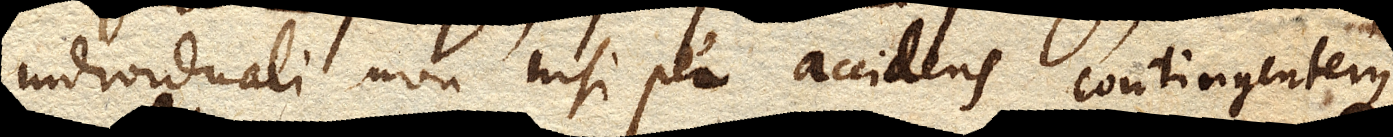
individuali non nisi per accidens contingenterque